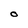
Character: O